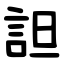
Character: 詚